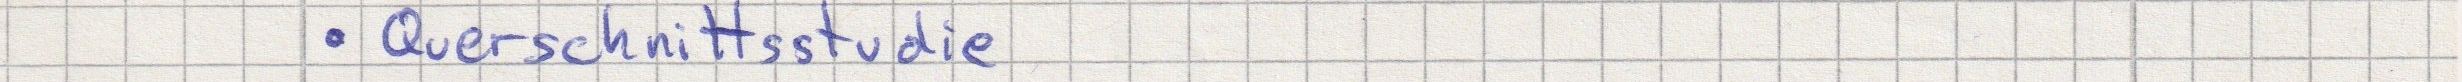
- Querschnittsstudie